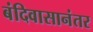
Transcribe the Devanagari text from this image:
बंदिवासानंतर